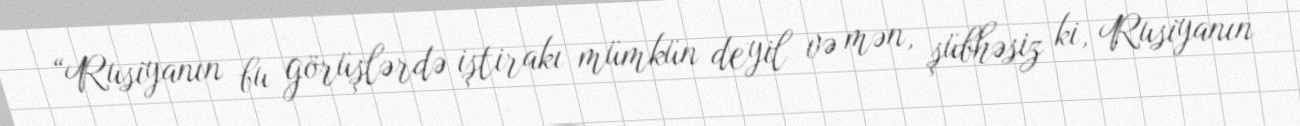
“Rusiyanın bu görüşlərdə iştirakı mümkün deyil və mən, şübhəsiz ki, Rusiyanın